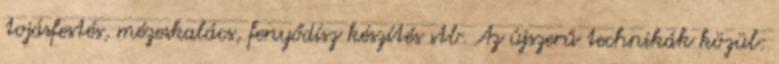
tojásfestés, mézeskalács, fenyődísz készítés stb. Az újszerű technikák közül: